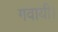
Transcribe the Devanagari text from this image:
गवायी।